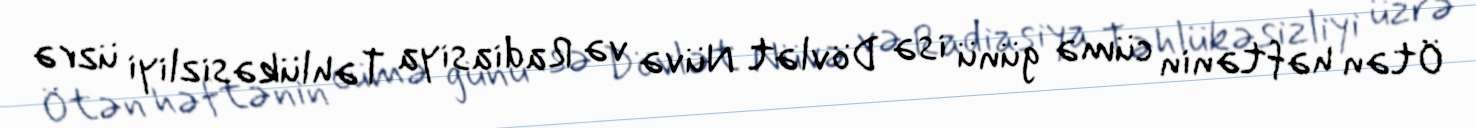
Ötən həftənin cümə günü isə Dövlət Nüvə və Radiasiya Təhlükəsizliyi üzrə